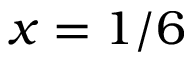
x = 1 / 6